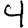
Digit: 4